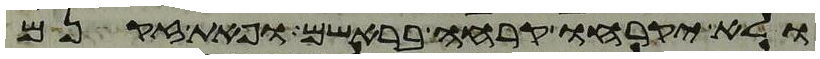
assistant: ולא יקרחו קרחה בראשם ופאת זקנם